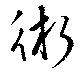
術